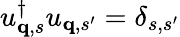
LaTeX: u_{{\mathbf q},s}^{\dagger}u_{{\mathbf q},s^{\prime}}=\delta_{s,s^{\prime}}